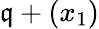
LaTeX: {\mathfrak{q}}+(x_{1})